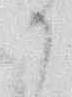
か